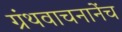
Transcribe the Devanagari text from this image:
ग्रंथवाचनानेंच